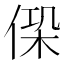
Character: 𠋕